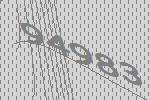
94983